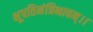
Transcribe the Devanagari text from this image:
भूपतिमंत्रिभावम्।।